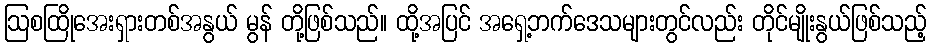
ဩစထြိုအေးရှားတစ်အနွယ် မွန် တို့ဖြစ်သည်။ ထို့အပြင် အရှေ့ဘက်ဒေသများတွင်လည်း တိုင်မျိုးနွယ်ဖြစ်သည့်